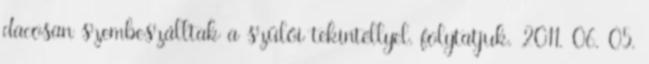
dacosan szembeszálltak a szülői tekintéllyel. folytatjuk. 2011. 06. 05.